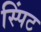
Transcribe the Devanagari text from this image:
स्पिंट